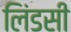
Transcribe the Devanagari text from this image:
लिंडसी